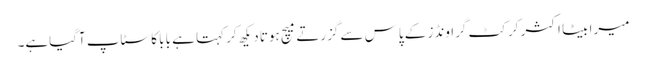
میرا بیٹا اکثر کرکٹ گراونڈز کے پاس سے گزرتے میچ ہوتا دیکھ کر کہتا ہے بابا کا سٹاپ آگیاہے۔